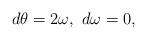
LaTeX: \begin{align*}&d\theta=2\omega, \ d\omega=0,\end{align*}